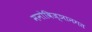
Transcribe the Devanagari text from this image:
मनोविज्ञानगत